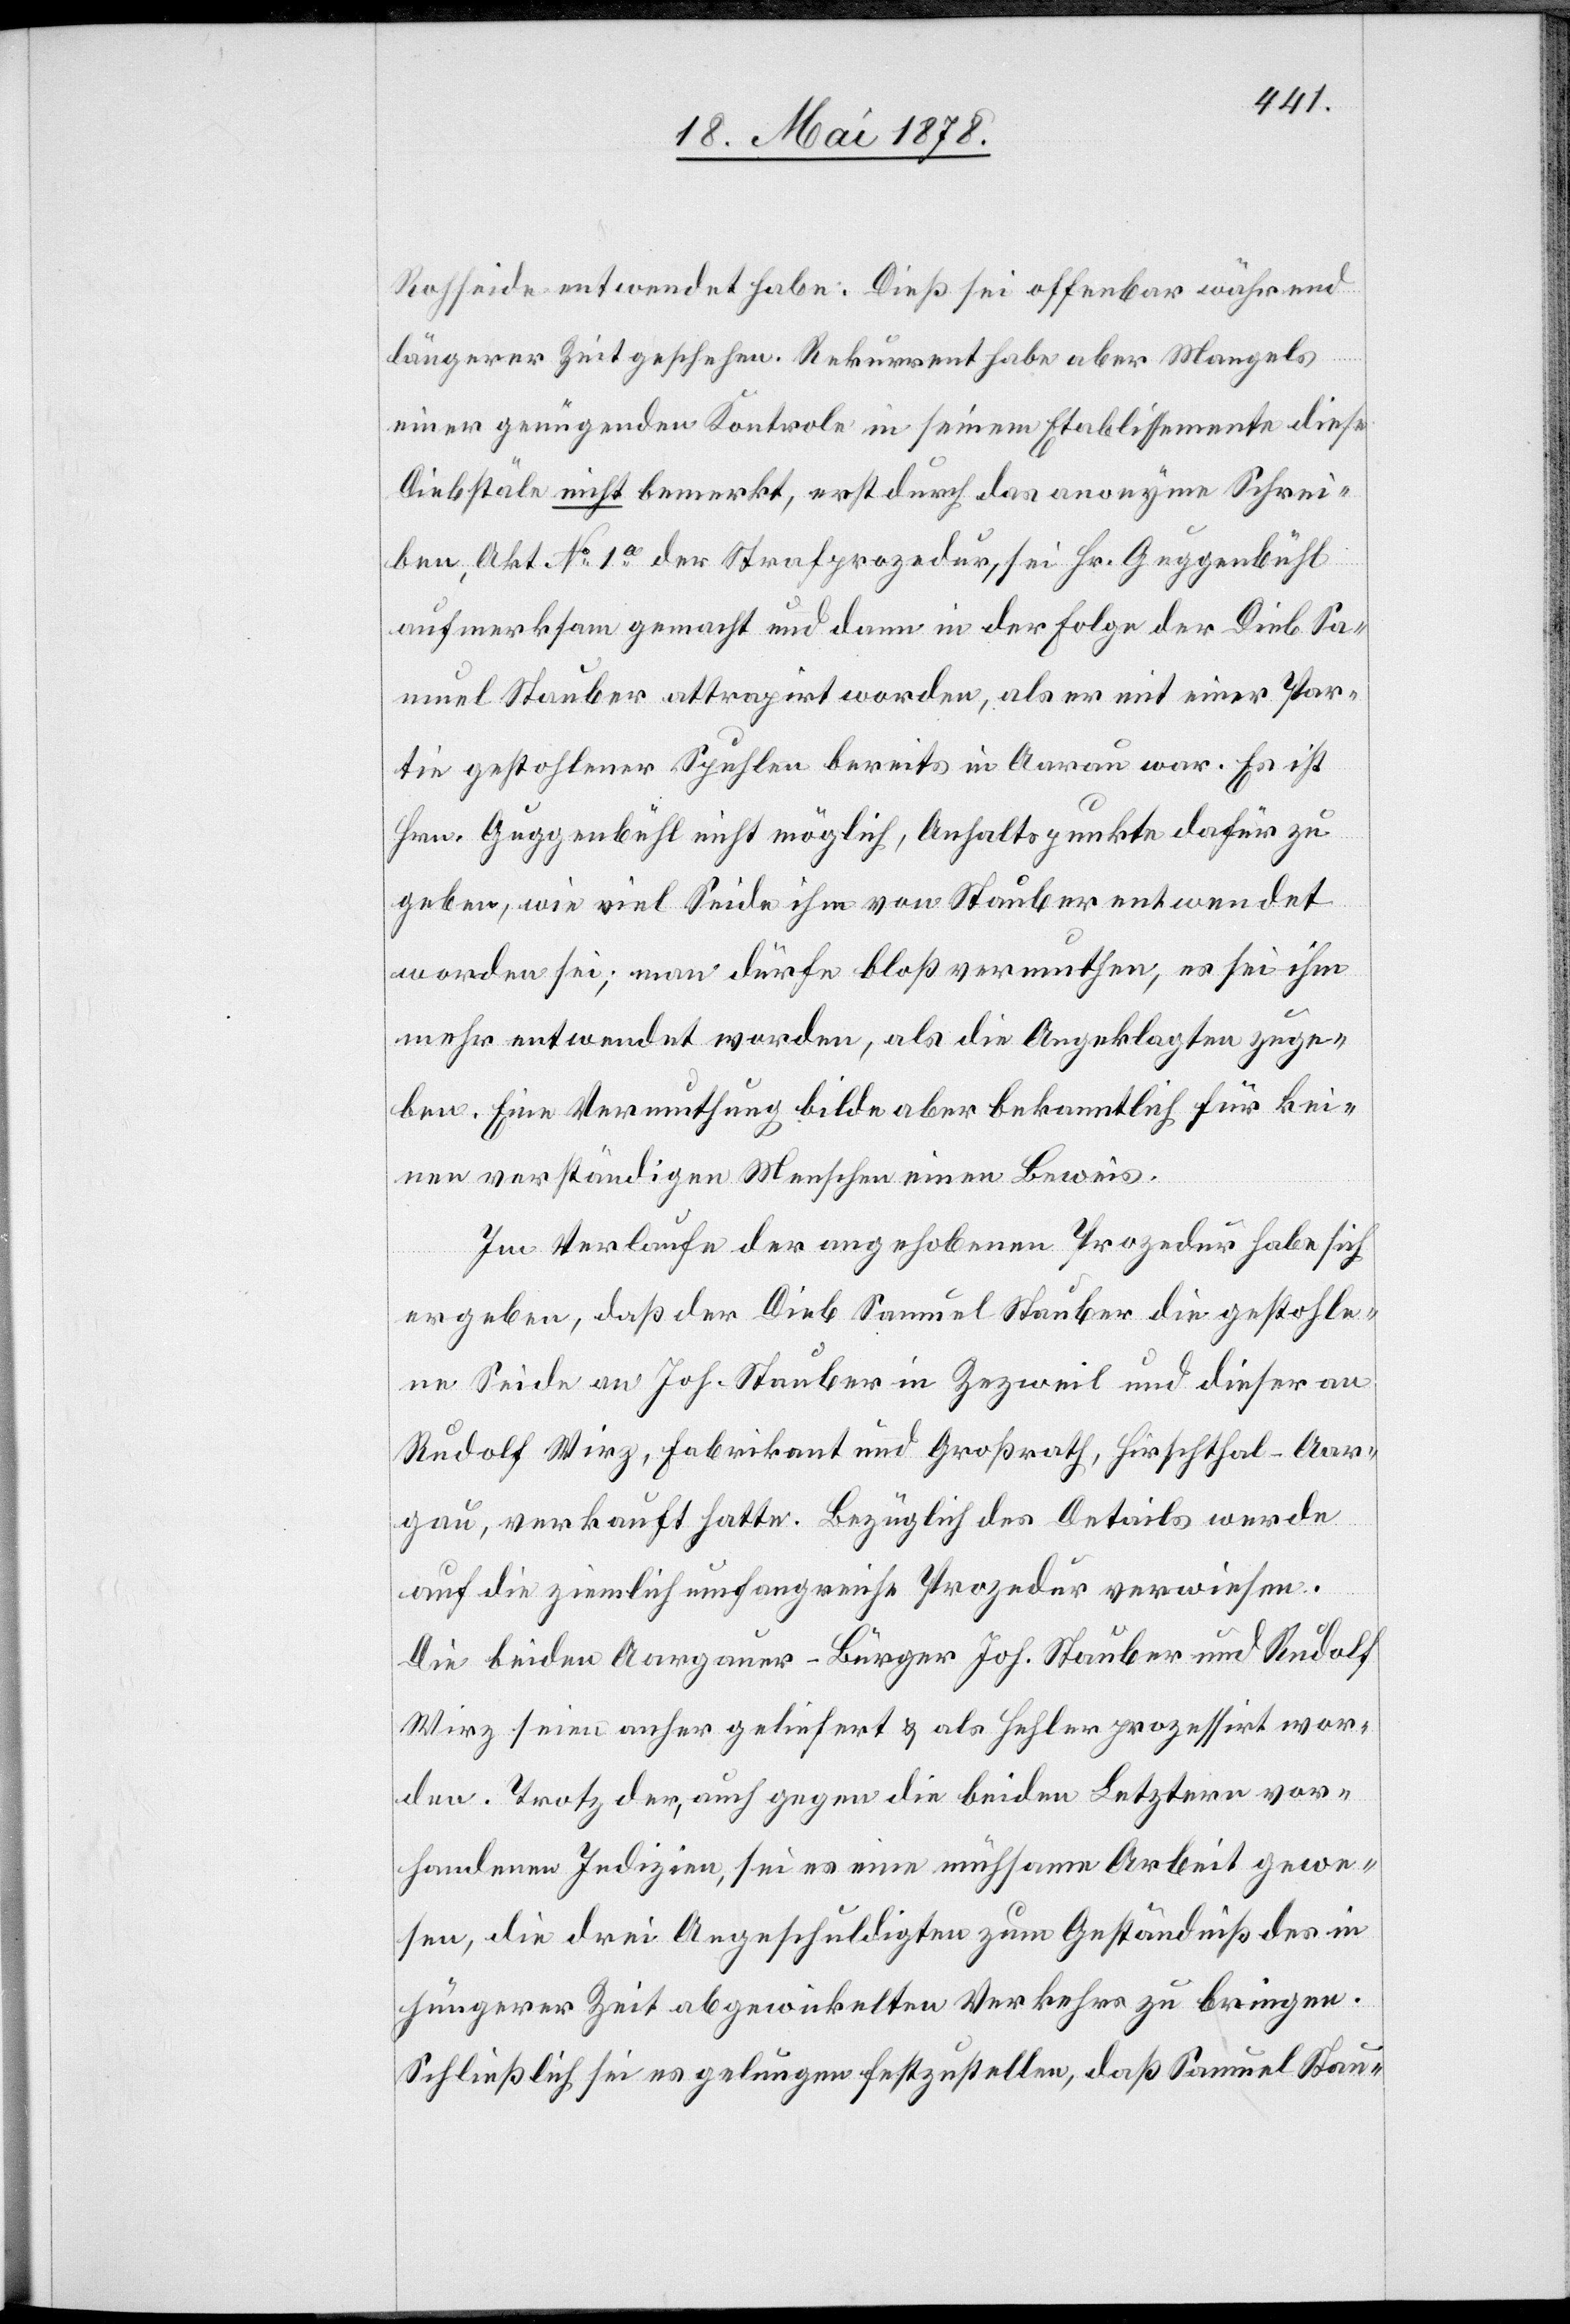
Rohseide entwendet habe. Dieß sei offenbar während
längerer Zeit geschehen. Rekurrent habe aber Mangels
einer genügenden Kontrole in seinem Etablissemente diese
Diebstäle nicht bemerkt, erst durch das anonyme Schrei¬
ben, Akt No 1a der Strafprozedur, sei Hr. Guggenbühl
aufmerksam gemacht und dann in der Folge der Dieb Sa¬
muel Stauber attrapirt worden, als er mit einer Par¬
tie gestohlener Spuhlen bereits in Aarau war. Es ist
Hr. Guggenbühl nicht möglich, Anhaltspunkte dafür zu
geben, wie viel Seide ihm von Stauber entwendet
worden sei; man dürfe bloß vermuthen, es sei ihm
mehr entwendet worden, als die Angeklagten zuge¬
ben. Eine Vermuthung bilde aber bekanntlich für kei¬
nen verständigen Menschen einen Beweis.
Im Verlaufe der angehobenen Prozedur habe sich
ergeben, daß der Dieb Samuel Stauber die gestohle¬
ne Seide an Joh. Stauber in Zezweil und dieser an
Rudolf Wirz, Fabrikant und Großrath, Hirschthal - Aar¬
gau, verkauft hatte. Bezüglich des Details werde
auf die ziemlich umfangreiche Prozedur verwiesen.
Die beiden Aargauer-Bürger Joh. Stauber und Rudolf
Wirz seien anher geliefert & als Hehler prozessirt wor¬
den. Trotz der, auch gegen die beiden Letztern vor¬
handenen Indizien, sei es eine mühsame Arbeit gewe¬
sen, die drei Angeschuldigten zum Geständniß des in
jüngerer Zeit abgewickelten Verkehr zu bringen.
Schließlich sei es gelungen festzustellen, daß Samuel Stau-